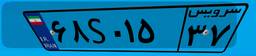
۶۸S۰۱۵۳۷